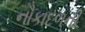
નૌકાદળની